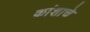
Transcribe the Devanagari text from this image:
कांशाचे